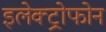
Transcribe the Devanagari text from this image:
इलेक्ट्रोफोन